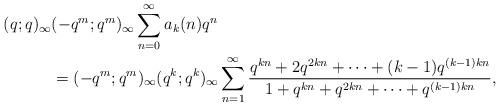
LaTeX: \begin{align*}(q;q)_\infty&(-q^m;q^m)_\infty \sum_{n=0}^\infty a_k(n)q^n\\&=(-q^{m};q^{m})_\infty(q^{k};q^{k})_\infty\sum_{n=1}^{\infty}\frac{q^{kn} + 2q^{2kn} +\dots+ (k-1)q^{(k-1)kn}}{1 + q^{kn} + q^{2kn} +\dots+ q^{(k-1)kn}},\end{align*}